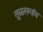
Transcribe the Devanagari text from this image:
तुळसगांव